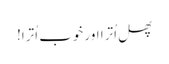
پھل اُترا اور خوب اُترا!